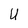
Character: U